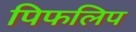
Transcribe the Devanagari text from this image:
पिफलिप